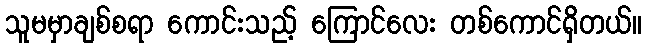
သူမမှာချစ်စရာ ကောင်းသည့် ကြောင်လေး တစ်ကောင်ရှိတယ်။